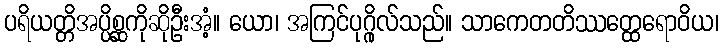
ပရိယတ္တိအပ္ပိစ္ဆကိုဆိုဦးအံ့။ ယော၊ အကြင်ပုဂ္ဂိုလ်သည်။ သာကေတတိဿတ္ထေရောဝိယ၊